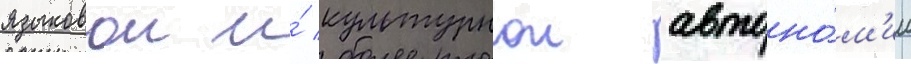
языковои и́ культурнои автоно́м'ии